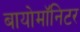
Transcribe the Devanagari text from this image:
बायोमाॅनिटर